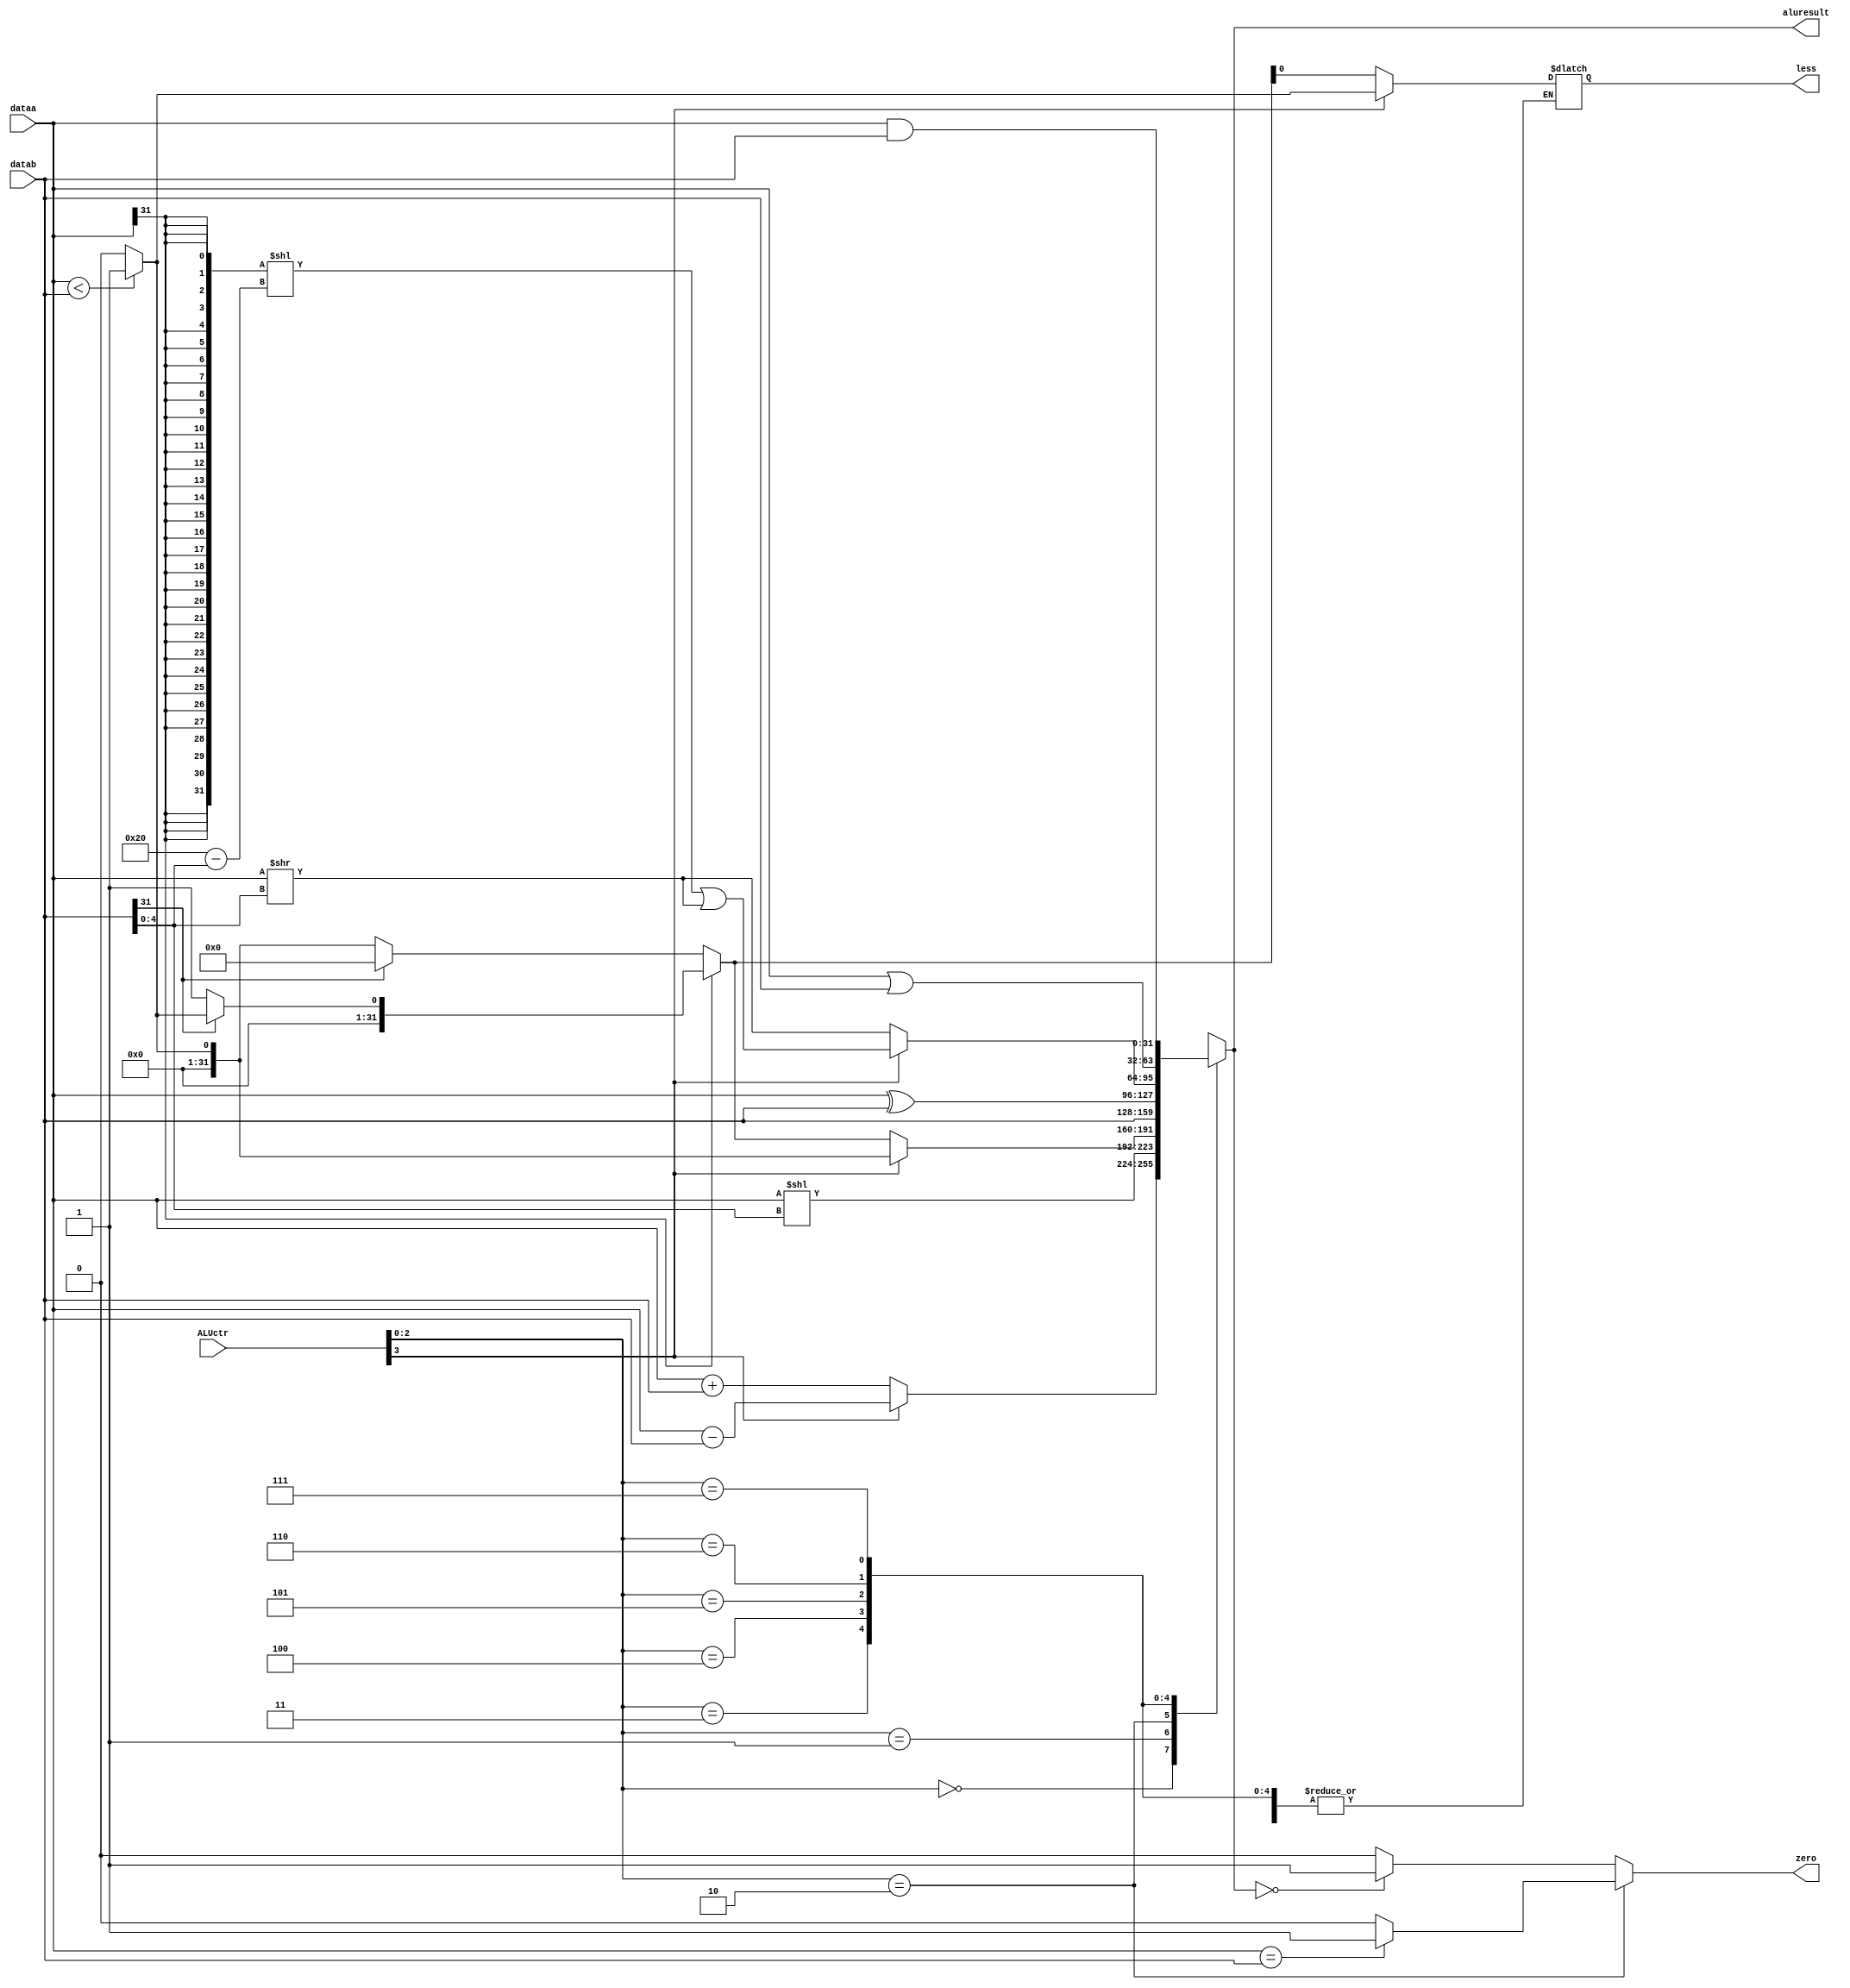
module ALU(
	input [31:0] dataa,
	input [31:0] datab,
	input [3:0]  ALUctr,
	output less,
	output zero,
	output reg [31:0] aluresult);

//add your code here
reg less2;
reg zero2;
always @(*)//0101
begin
	case(ALUctr[2:0])
	0:
	begin
	if(ALUctr[3]==0) aluresult=dataa+datab;
	else aluresult=dataa-datab;
	end
	1:aluresult=dataa<<datab[4:0];
	2:if(ALUctr[3]==0)
		begin
		if(dataa[31]==1)
			begin
			if(datab[31]==0) aluresult=1;
			else
				begin
					if(dataa<datab) aluresult=1;
					else aluresult=0;
				end
			end
		else
			begin
			if(datab[31]==1) aluresult=0;
			else
				begin
					if(dataa<datab) aluresult=1;
					else aluresult=0;
				end
			end
			less2=aluresult;
		end
	else
		begin
			if(dataa<datab) aluresult=1;
			else aluresult=0;
			less2=aluresult;
		end
	3:aluresult=datab;
	4:aluresult=dataa^datab;
	5:
	if(ALUctr[3]==0)
	aluresult=dataa>>datab[4:0];
	else
	begin
	aluresult=( {32{dataa[31]}} << ( 6'd32 - {1'b0, datab[4:0]} ) ) | ( dataa >> datab[4:0] ) ;
	end
	6:aluresult=dataa|datab;
	7:aluresult=dataa&datab;


	endcase
	if(ALUctr[2:0]==2)  
	    if(dataa==datab) zero2=1;
		else  zero2=0;
    else
		if(aluresult==0) zero2=1;
		else zero2=0;

end

assign less=less2;
assign zero=zero2;


endmodule